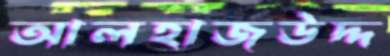
আলহাজউদ্দ